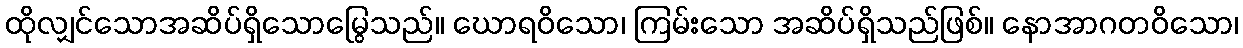
ထိုလျှင်သောအဆိပ်ရှိသောမြွေသည်။ ဃောရဝိသော၊ ကြမ်းသော အဆိပ်ရှိသည်ဖြစ်။ နောအာဂတဝိသော၊